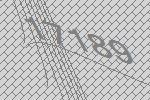
17189